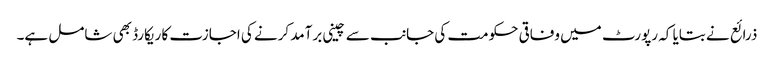
ذرائع نے بتایا کہ رپورٹ میں وفاقی حکومت کی جانب سے چینی برآمد کرنے کی اجازت کا ریکارڈ بھی شامل ہے۔